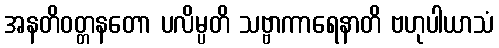
အနတိဝတ္တနတော ပလိမ္ပတိ သဗ္ဗာကာရေနာတိ ဗဟုပါယာသံ